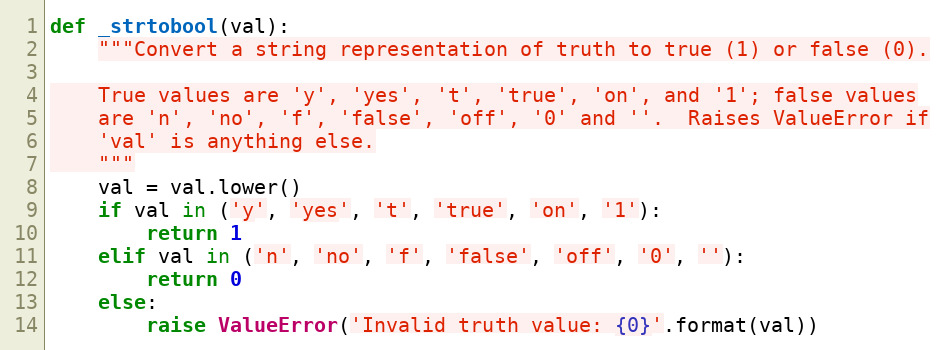
Language: Python
def _strtobool(val):
    """Convert a string representation of truth to true (1) or false (0).

    True values are 'y', 'yes', 't', 'true', 'on', and '1'; false values
    are 'n', 'no', 'f', 'false', 'off', '0' and ''.  Raises ValueError if
    'val' is anything else.
    """
    val = val.lower()
    if val in ('y', 'yes', 't', 'true', 'on', '1'):
        return 1
    elif val in ('n', 'no', 'f', 'false', 'off', '0', ''):
        return 0
    else:
        raise ValueError('Invalid truth value: {0}'.format(val))